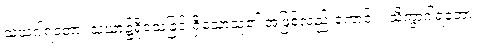
သံဃဂါရဝတာ၊ သံဃာ၌ရိုသေခြင်းရှိသောသူ၏ အဖြစ်လည်းကောင်း။ သိက္ခာဂါရဝတာ၊